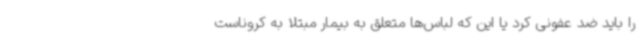
را باید ضد عفونی کرد یا این که لباس‌ها متعلق به بیمار مبتلا به کروناست